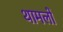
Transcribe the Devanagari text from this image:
थामलों